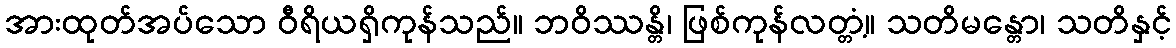
အားထုတ်အပ်သော ဝီရိယရှိကုန်သည်။ ဘဝိဿန္တိ၊ ဖြစ်ကုန်လတ္တံ့။ သတိမန္တော၊ သတိနှင့်